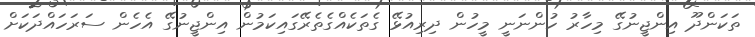
ތަކަންދޫ އިންޖީނުގޭ މިހާރު ހުންނަނީ މީހުން ދިރިއުޅޭ ގެތަކެއްގެތެރޭގައިކަމުން އިންޖީނުގޭ އެހެން ސަރަހައްދަކަށް